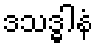
ဒသဒ္ဓါနံ